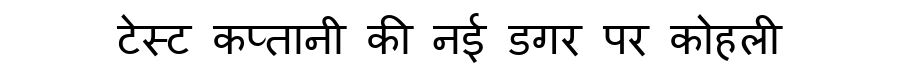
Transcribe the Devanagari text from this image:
टेस्ट कप्तानी की नई डगर पर कोहली